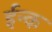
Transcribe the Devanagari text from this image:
ईन्क